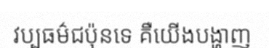
វប្បធម៌ជប៉ុនទេ គឺយើងបង្ហាញ